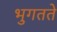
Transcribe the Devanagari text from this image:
भुगतते